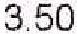
3.50